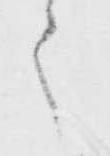
之